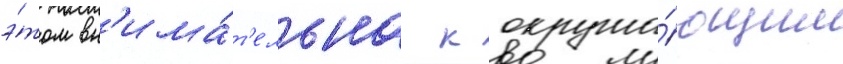
э́том вн'има́т'ельна к окружа́ющим